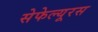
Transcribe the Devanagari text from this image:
सेफेल्यूरस